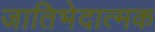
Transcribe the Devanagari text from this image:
जातिभेदात्मक